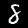
Label: 8